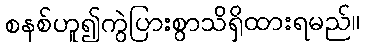
စနစ်ဟူ၍ကွဲပြားစွာသိရှိထားရမည်။